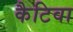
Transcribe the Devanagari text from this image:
कैटिवा